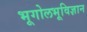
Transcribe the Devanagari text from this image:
भूगोलभूविज्ञान